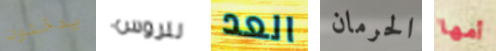
يدخنون للروس العد الحرمان أمها